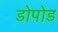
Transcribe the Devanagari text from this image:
डोपोड